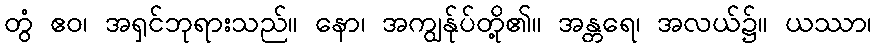
တွံ ဧဝ၊ အရှင်ဘုရားသည်။ နော၊ အကျွန်ုပ်တို့၏။ အန္တရေ၊ အလယ်၌။ ယဿာ၊